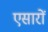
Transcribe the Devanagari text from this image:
एसारों